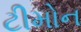
ટીમોન